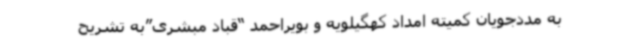
به مددجویان کمیته امداد کهگیلویه و بویراحمد “قباد مبشری”به تشریح